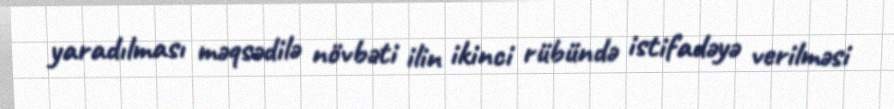
yaradılması məqsədilə növbəti ilin ikinci rübündə istifadəyə verilməsi